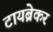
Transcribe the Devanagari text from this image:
टायब्रेकर